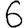
Digit: 6